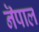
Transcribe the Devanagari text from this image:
नॆपाल